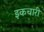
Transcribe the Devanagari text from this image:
इकचारी